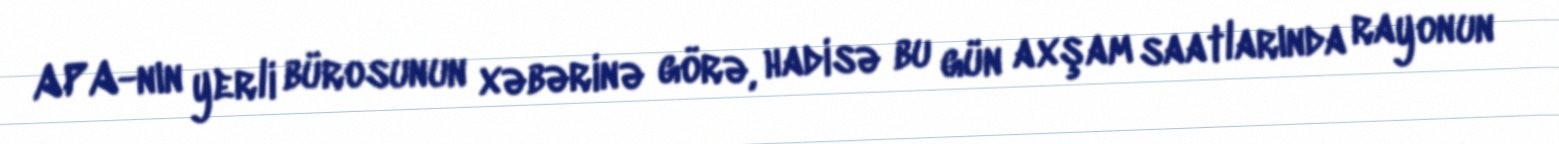
APA-nın yerli bürosunun xəbərinə görə, hadisə bu gün axşam saatlarında rayonun